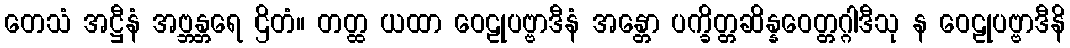
တေသံ အဋ္ဌီနံ အဗ္ဘန္တရေ ဌိတံ။ တတ္ထ ယထာ ဝေဠုပဗ္ဗာဒီနံ အန္တော ပက္ခိတ္တဆိန္နဝေတ္တဂ္ဂါဒီသု န ဝေဠုပဗ္ဗာဒီနိ